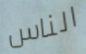
الناس